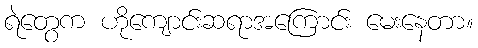
ရဲတွေက ဟိုကျောင်းဆရာအကြောင်း မေးနေတာ။